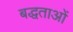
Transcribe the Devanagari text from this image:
बद्धताओं